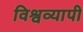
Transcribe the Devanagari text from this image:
विश्वव्‍यापी